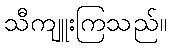
သီကျူးကြသည်။